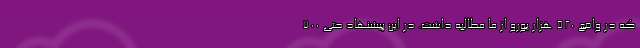
که در واقع 520 هزار یورو از ما مطالبه داشت. در این پیشنهاد حتی 700